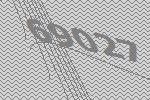
69027